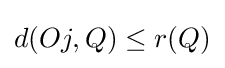
d(Oj,Q)\leq r(Q)